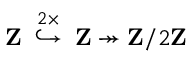
\mathbf { Z } \; \; { \overset { 2 \times } { \hookrightarrow } } \; \; \mathbf { Z } \twoheadrightarrow \mathbf { Z } / 2 \mathbf { Z }